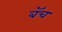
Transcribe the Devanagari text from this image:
बॅच